Alatskivi_vallavalitsus_et, lk 105
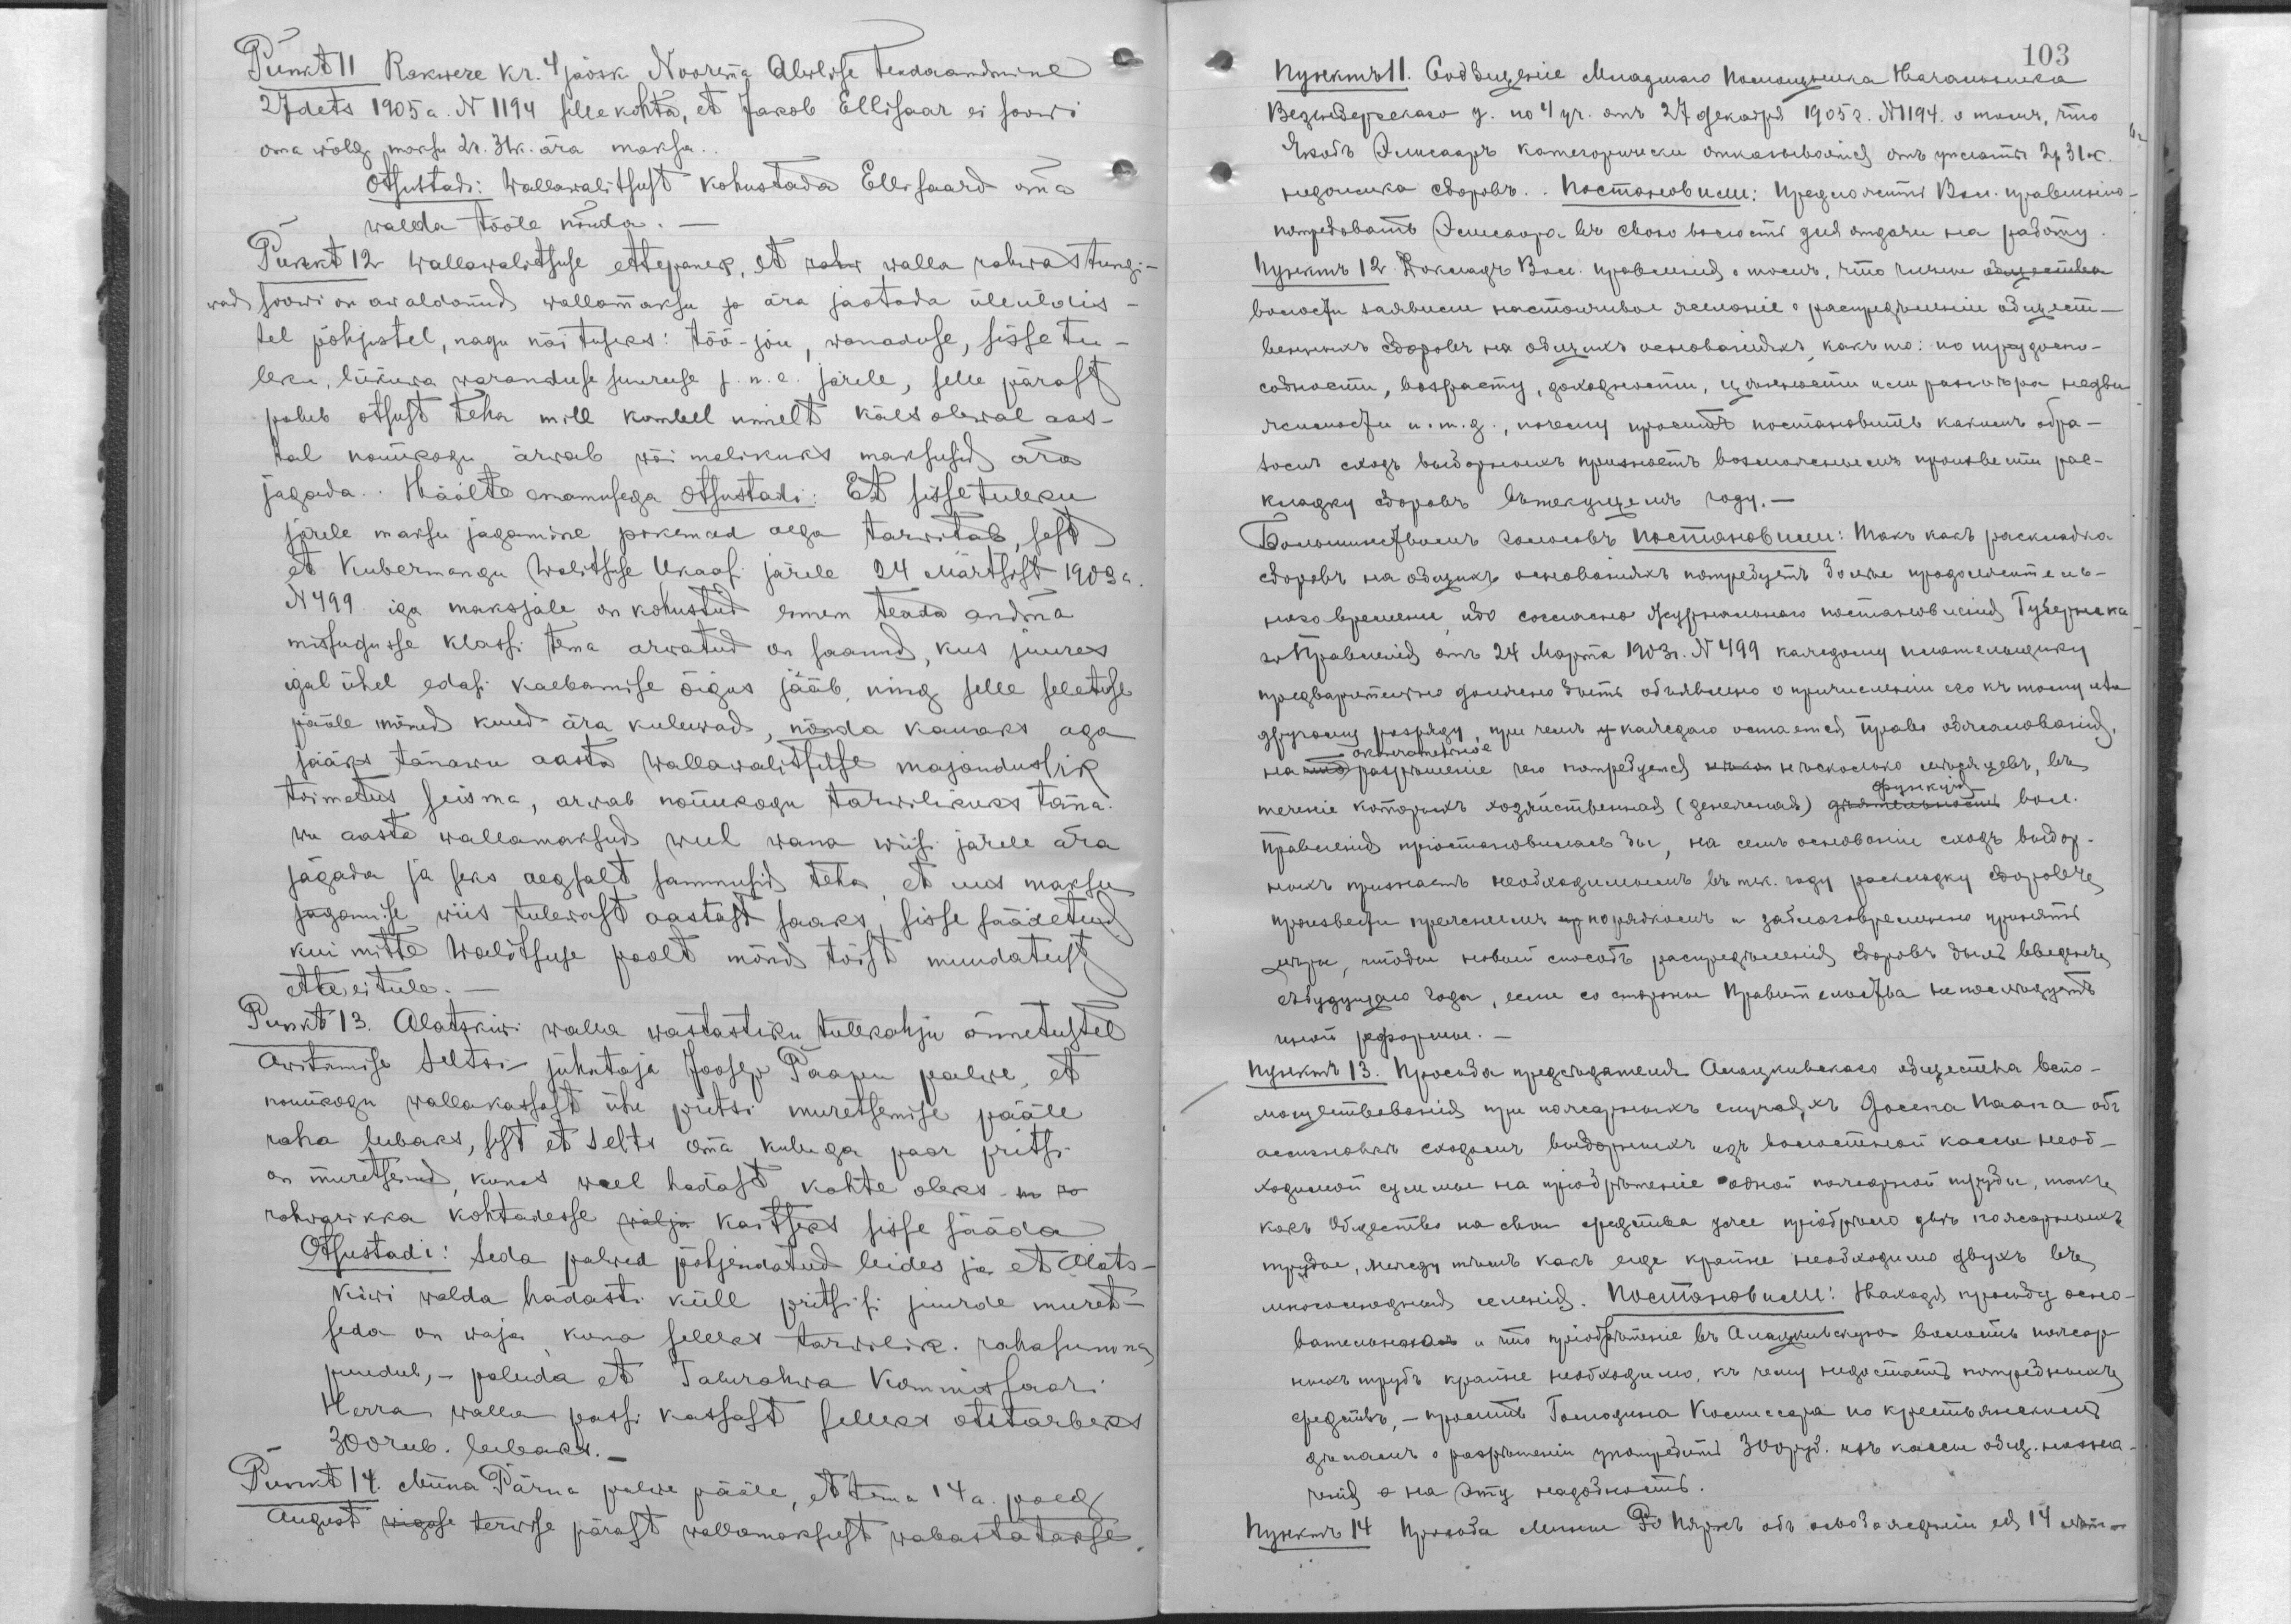
Punkt 11. Rakwere kr. 4 jaosk. Noorema Abilise teadaandmine
27. dets. 1905 a. N 1194 selle kohta, et Jakob Ellisaar ei soowi
oma wõlg maksu 2 r. 31 k. ära maksa.
Otsustadi: Wallawalitsust kohustada Ellisaard oma
walda tööle nõuda.
Punkt 12. Wallawaltsuse ettepanek, et rahw walla rahwas tungi-
wad soowi on awaldanud wallamaksu ja ära jaotada üleüldis-
tel põhjustel, nagu näituseks: töö-jõu, wanaduse, sissetu-
leku, liikuwa waranduse suuruse j.n.e. järele, selle pärast
palub otsust teha mill kombel nimelt käesolewal aas-
tal nõuukogu arwab wõimalikuks maksusid ära
jagada. Häälte enamusega Otsustadi: Et sissetuleku
järele maksu jagamine pikemad aega tarwitab, sest
et Kubermangu Walitsuse Ukaasi järele 24. Märtsist 1903 a.
N 499 iga maksjale on kohustud ennem teada andma
missugusse klassi tema arwatud on saanud, kus juures
igal ühel edasi kaebamise õigus jääb ning selle seletuse
pääle mõned kuud ära kuluwad, nõnda kauaks aga
jääks tänawu aasta Wallawalitsuse majanduslik
toimetus seisma, arwab nõuukogu tarwilikuks täna-
wu aasta wallamaksud weel wana wiisi järele ära
jagada ja seks aegsalt sammusid teha, et uus maksu
jagamise wiis tulewast aastast saaks sisse säädetud
kui mitte Walitsuse poolt siis mõnd tõist muudatust
ette ei tule.
Punkt 13. Alatskiwi walla wastastiku tulekahju õnnetustel
Awitamise Seltsi juhataja Joosep Paapu palwe, et
nõuukogu wallakassast ühe pritsi muretsemise pääle
raha lubaks, sest et selts oma kuluga paar pritsi
on muretsenud, kunas weel hädast kahte oleks m r
rahwarikka kohtadesse wälja kaitseks sisse sääda
Otsustadi: Seda palwed põhjendatud leides ja et Alats-
kiwi walda hädasti küll pritsisi juurde muret-
seda on waja, kuna selleks tarwilik rahasumma
puudub,- paluda et Talurahwa Kommissaari
Herra walla passi kassast selleks otstarbeks
300 rub. lubaks.-
Punkt 14. Miina Pärna palwe pääle, et tema 14 a. poeg
August wigase terwise pärast wallamaksust wabastatakse